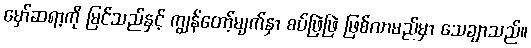
မှော်ဆရာ့ကို မြင်သည်နှင့် ကျွန်တော့်မျက်နှာ စပ်ဖြဲဖြဲ ဖြစ်လာမည်မှာ သေချာသည်။